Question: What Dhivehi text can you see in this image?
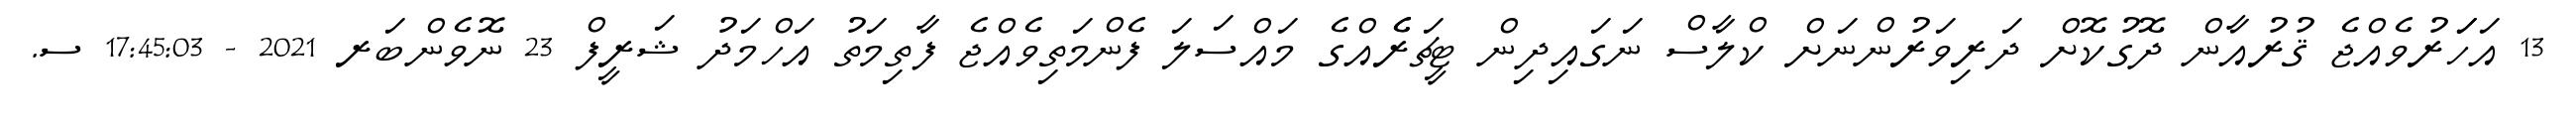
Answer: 13 އަހަަރުވެއްޖެ ޤުރުއާން ދޮގުކޮށް ދަރިވަރުންނަށް ކްލާސް ނަގައިދިން ޓީޗަރެެއްގެ މައްސަލަ ފެންމަތިވެއްޖެ ފާތިމަތު އަހްމަދު ޝަރީފް 23 ނޮވެންބަރ 2021 - 17:45:03 ސ.